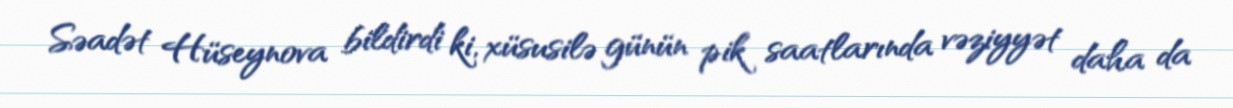
Səadət Hüseynova bildirdi ki, xüsusilə günün pik saatlarında vəziyyət daha da